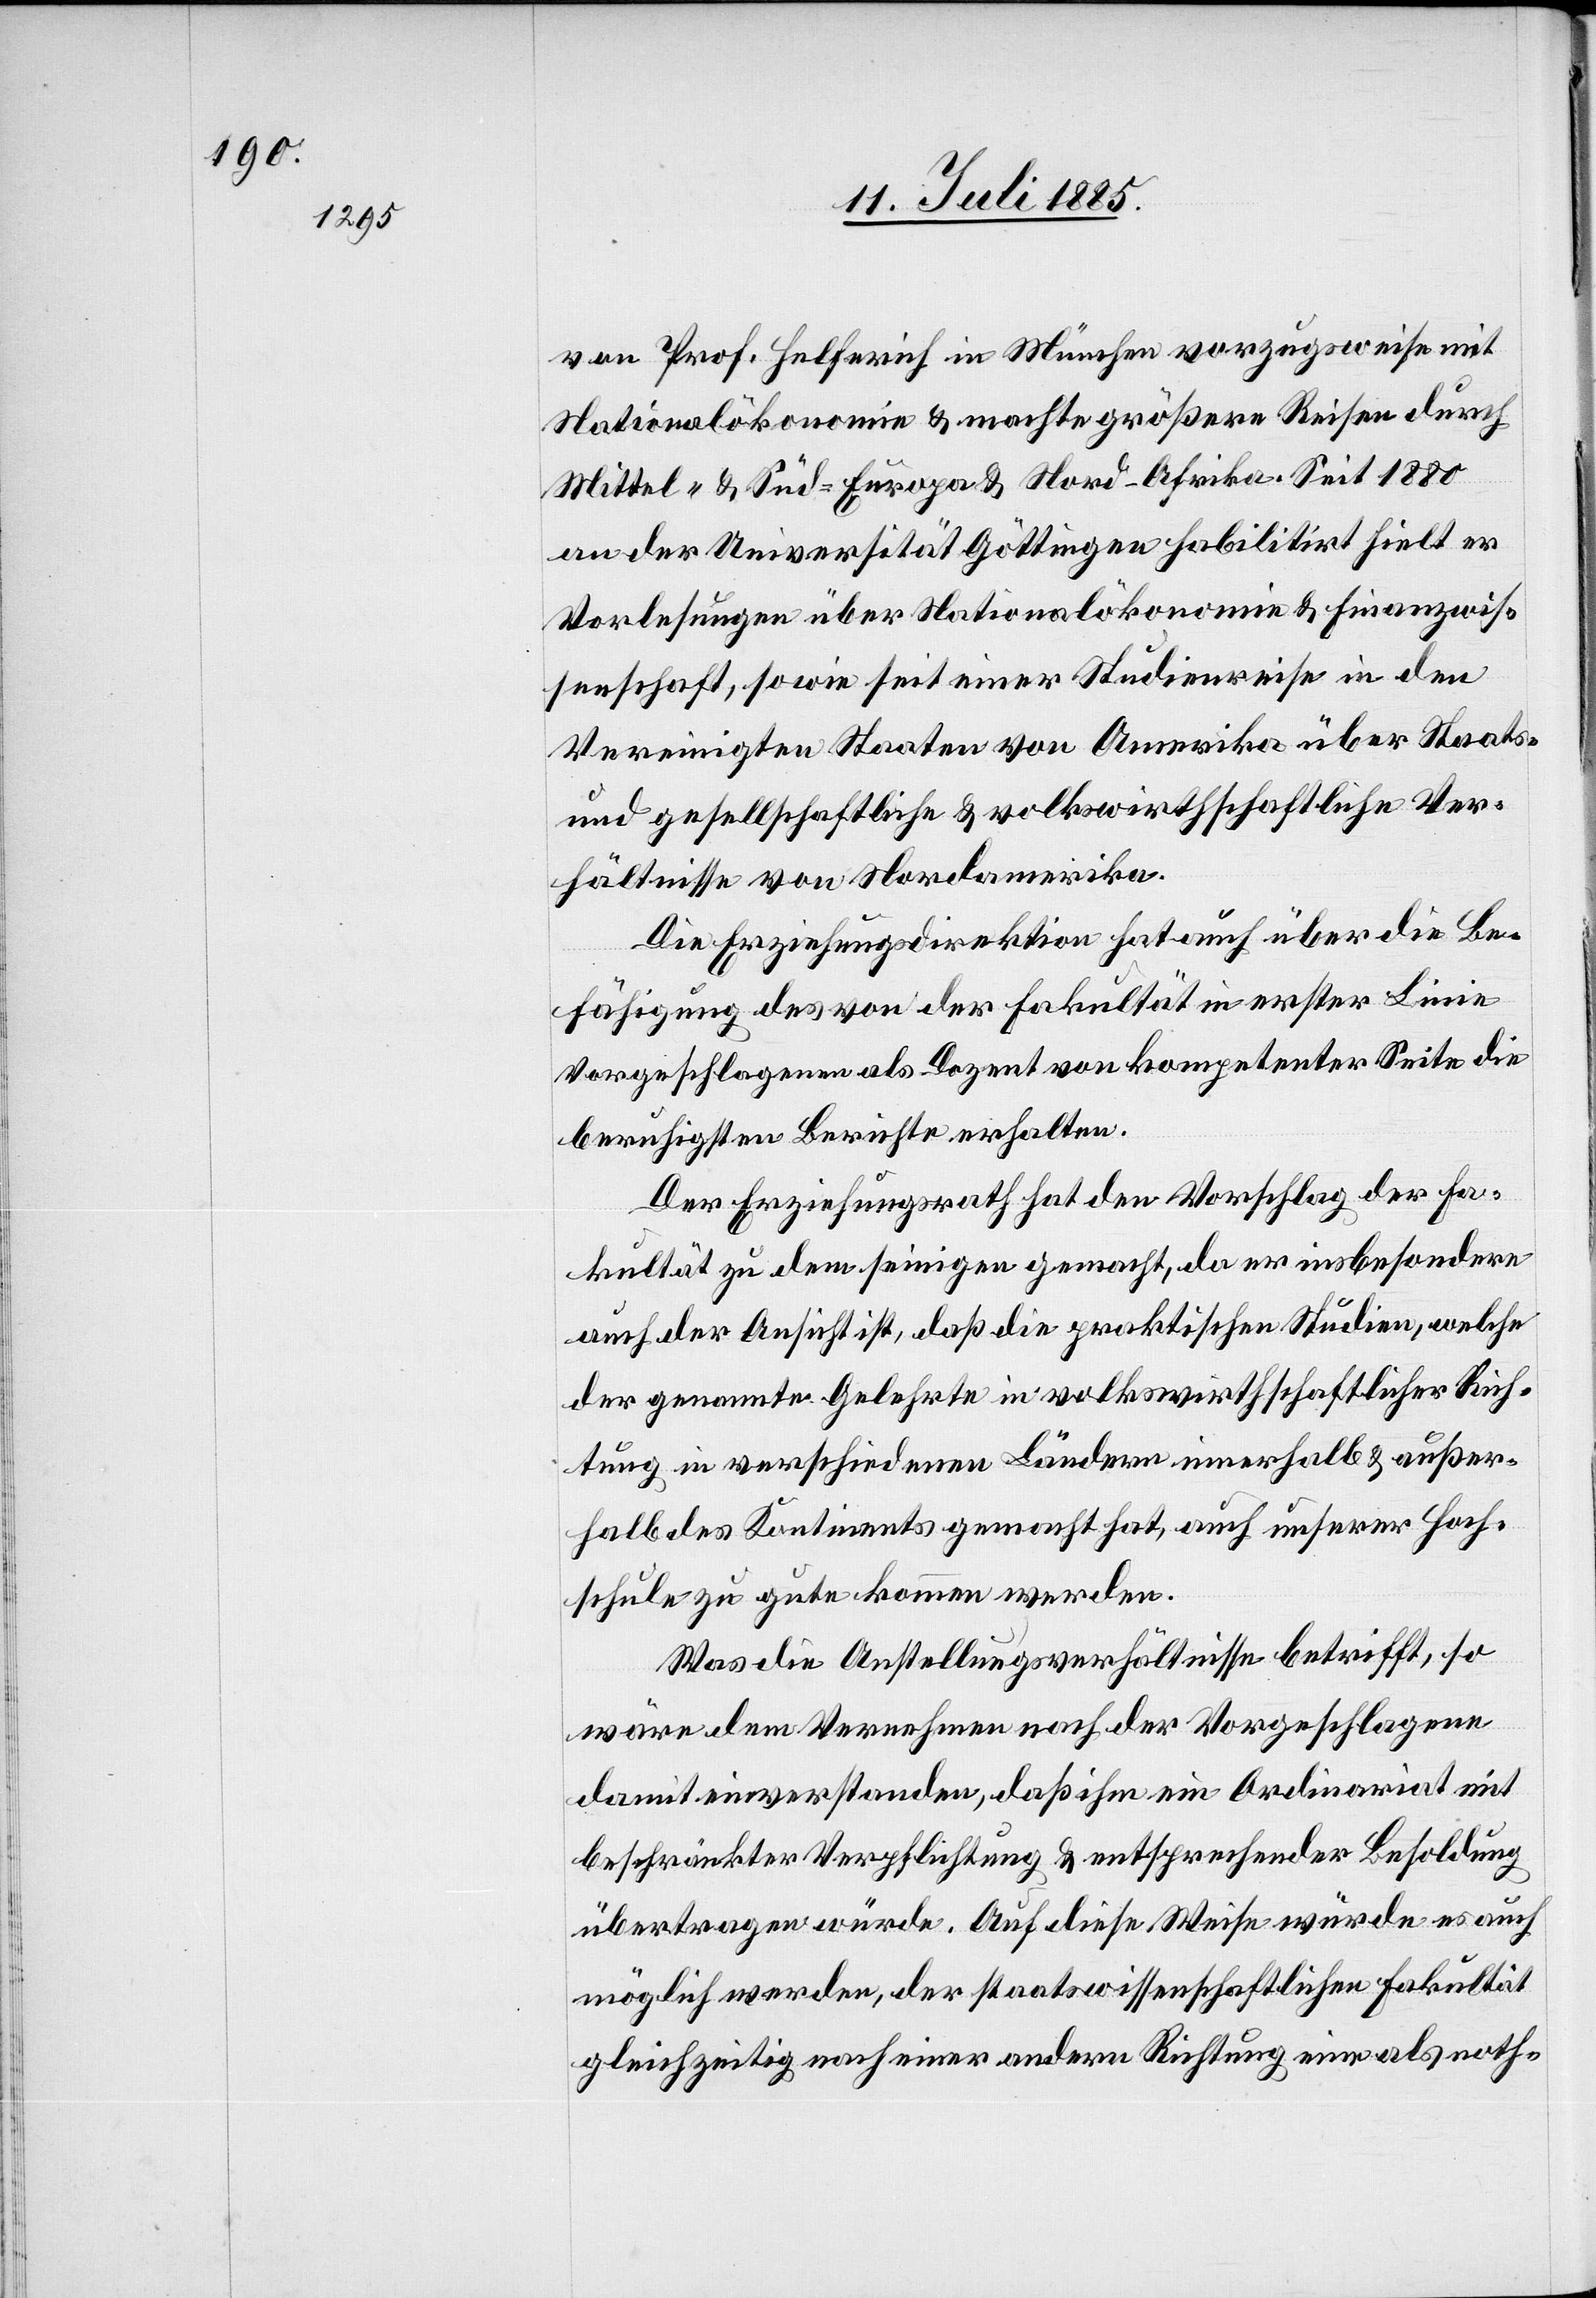
von Prof. Helferich in München vorzugsweise mit
Nationalökonomie & machte größere Reisen durch
Mittel- & Süd-Europa & Nord-Afrika. Seit 1880
an der Universität Göttingen habilitirt hielt er
Vorlesungen über Nationalökonomie & Finanzwis¬
senschaft, so wie seit einer Studienreise in den
Vereinigten Staaten von Amerika über Staats-
und gesellschaftliche & volkswirtschaftliche Ver¬
hältnisse von Nordamerika.
Die Erziehungsdirektion hat auch über die Be¬
fähigung des von der Fakultät in erster Linie
Vorgeschlagenen als Dozent von kompetenter Seite die
beruhigsten Berichte erhalten.
Der Erziehungsrath hat den Vorschlag der Fa¬
kultät zu dem seinigen gemacht, da er insbesondere
auch der Ansicht ist, daß die praktischen Studien, welche
der genannte Gelehrte in volkswirthschaftlicher Rich¬
tung in verschiedenen Ländern innerhalb & außer¬
halb des Kontinents gemacht hat, auch unserer Hoch¬
schule zu gute kommen werden.
Was die Anstellungsverhältnisse betrifft, so
wäre dem Vernehmen nach der Vorgeschlagene
damit einverstanden, daß ihm ein Ordinariat mit
beschränkter Verpflichtung & entsprechender Besoldung
übertragen würde. Auf diese Weise würde es auch
möglich werden, der staatswissenschaftlichen Fakultät
gleichzeitig nach einer andern Richtung eine als noth-